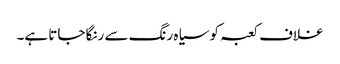
غلاف کعبہ کو سیاہ رنگ سے رنگا جاتا ہے۔